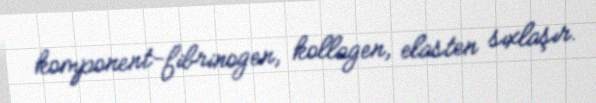
komponent-fibrinogen, kollagen, elasten sıxlaşır.